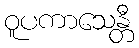
ဝူပကာသေန္တီ